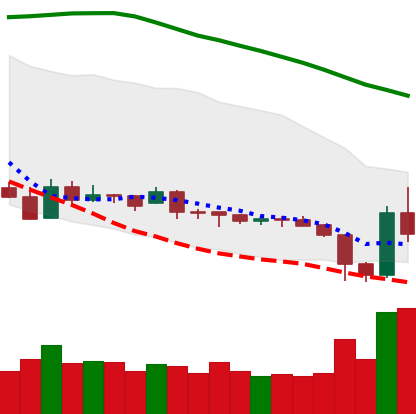
Ticker: XRP-USD
Chart end date: 2019-01-31
Forward return: -3.483%
Label: down_3_5